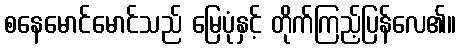
စနေမောင်မောင်သည် မြေပုံနှင့် တိုက်ကြည့်ပြန်လေ၏။